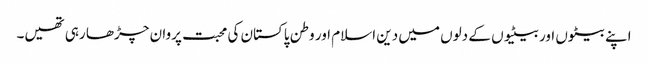
اپنے بیٹوں اور بیٹیوں کے دلوں میں دین اسلام اور وطن پاکستان کی محبت پروان چڑھا رہی تھیں۔